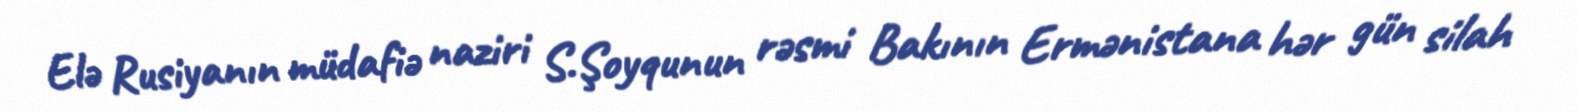
Elə Rusiyanın müdafiə naziri S.Şoyqunun rəsmi Bakının Ermənistana hər gün silah